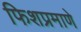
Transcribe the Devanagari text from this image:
फिशप्रमाणे